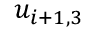
u _ { i + 1 , 3 }